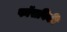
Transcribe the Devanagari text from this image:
फॉसविकी